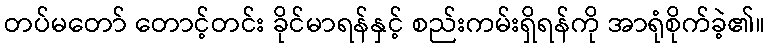
တပ်မတော် တောင့်တင်း ခိုင်မာရန်နှင့် စည်းကမ်းရှိရန်ကို အာရုံစိုက်ခဲ့၏။